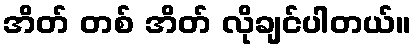
အိတ် တစ် အိတ် လိုချင်ပါတယ်။